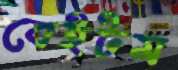
বেইটম